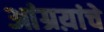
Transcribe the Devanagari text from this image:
आंग्रय़ांचे